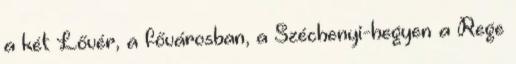
a két Lővér, a fővárosban, a Széchenyi-hegyen a Rege